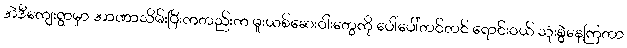
အဲဒီကျေးရွာမှာ အာဏာသိမ်းပြီးကတည်းက မူးယစ်ဆေးဝါးတွေကို ပေါ်ပေါ်တင်တင် ရောင်းဝယ် သုံးစွဲနေကြတာ